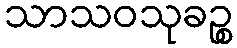
သာသဝသုခဉ္စ